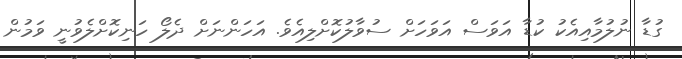
ގުޑާ ނުލުމާއިއެކު ކުޑާ އަވަސް އަވަހަށް ސުވާލުކޮށްލިއެވެ. އަހަންނަށް ދެލޯ ހަނިކޮށްލެވުނީ ވަމުން